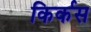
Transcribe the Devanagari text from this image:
किर्कस